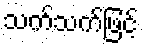
သက်သက်ဖြင့်